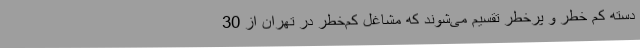
دسته کم خطر و پرخطر تقسیم می‌شوند که مشاغل کم‌خطر در تهران از 30